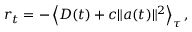
r _ { t } = - \left< D ( t ) + c \| a ( t ) \| ^ { 2 } \right> _ { \tau } ,